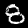
Label: 8